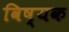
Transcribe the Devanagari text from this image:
विष्यक